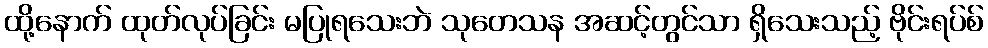
ထို့နောက် ထုတ်လုပ်ခြင်း မပြုရသေးဘဲ သုတေသန အဆင့်တွင်သာ ရှိသေးသည့် ဗိုင်းရပ်စ်